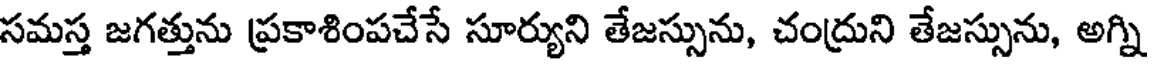
సమస్త జగత్తును ప్రకాశింపచేసే సూర్యుని తేజస్సును, చంద్రుని తేజస్సును, అగ్ని